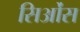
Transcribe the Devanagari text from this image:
सिओंस